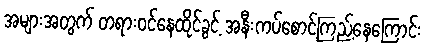
အများအတွက် တရားဝင်နေထိုင်ခွင့် အနီးကပ်စောင့်ကြည့်နေကြောင်း